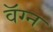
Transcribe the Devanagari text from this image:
वॅग्न